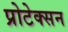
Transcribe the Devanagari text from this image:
प्रोटेक्सन